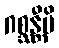
ဂစ္ဆန္တီပိ